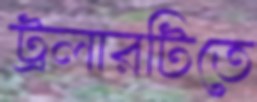
ট্রলারটিতে